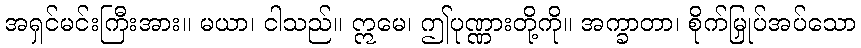
အရှင်မင်းကြီးအား။ မယာ၊ ငါသည်။ ဣမေ၊ ဤပုဏ္ဏားတို့ကို။ အက္ခာတာ၊ စိုက်မြှုပ်အပ်သော